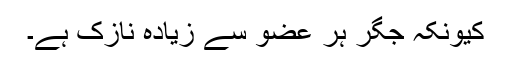
کیونکہ جگر ہر عضو سے زیادہ نازک ہے۔